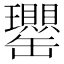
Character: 𦉦